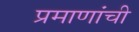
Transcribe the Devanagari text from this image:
प्रमाणांची